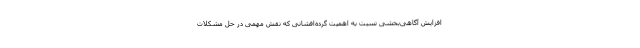
افزایش آگاهی‌بخشی نسبت به اهمیت گرده‌افشانی که نقش مهمی در حل مشکلات